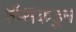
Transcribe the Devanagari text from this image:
नॅप्सकडून